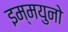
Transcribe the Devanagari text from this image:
इम्मयुनो